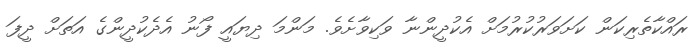
ރައްކާތެރިކަން ކަށަވަރުކުރުމަށް އެކުދީންނާ ވަކިވާށެވެ. މަންމަ ދިޔައީ ފޯނު އެދެކުދީންގެ އަތަށް ދީފަ